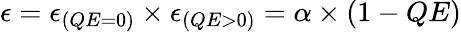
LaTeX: \epsilon=\epsilon_{(QE=0)}\times\epsilon_{(QE>0)}=\alpha\times(1-QE)